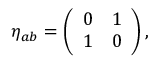
\eta _ { a b } = \left( \begin{array} { c c } { { 0 } } & { { 1 } } \\ { { 1 } } & { { 0 } } \end{array} \right) ,